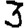
Digit: 3